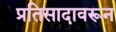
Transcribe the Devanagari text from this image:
प्रतिसादावरून